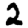
Digit: 2